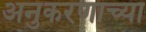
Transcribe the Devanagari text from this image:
अनुकरणाच्या